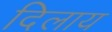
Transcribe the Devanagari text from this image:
दिलाय